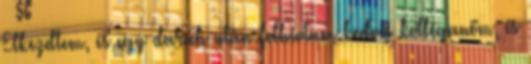
Elkezdtem, és egy darab után felhívtam kedves kolléganőm, és